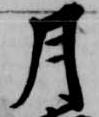
月